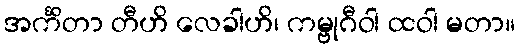
အင်္ကိတာ တီဟိ လေခါဟိ၊ ကမ္ဗုဂီဝါ ထဝါ မတာ။